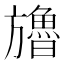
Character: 𣄤